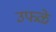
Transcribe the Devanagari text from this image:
उफळे